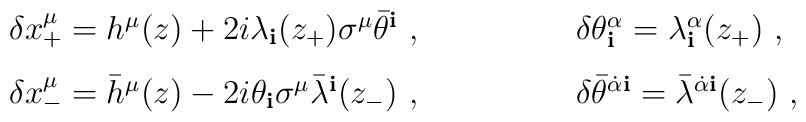
\begin{array}{ll}\delta x^\mu_+=h^\mu(z)+2i\lambda_{\mathbf i}(z_+)\sigma^\mu\bar\theta^{\mathbf i}\ ,\qquad\qquad&\delta\theta^\alpha_{\mathbf i}=\lambda^\alpha_{\mathbf i}(z_+)\ ,\\[3mm]\delta x^\mu_-={\bar h}^\mu(z)-2i\theta_{\mathbf i}\sigma^\mu{\bar\lambda}^{\mathbf i}(z_-)\ ,\qquad\qquad&\delta\bar\theta^{{\dot{\alpha}}{\mathbf i}}={\bar\lambda}^{{\dot{\alpha}}{\mathbf i}}(z_-)\ ,\end{array}